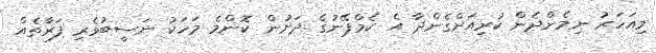
މިއަހަރު ނިމެންދެން ކުރިއަށްގެންދާ އެ ކެމްޕޭނުގެ ދަށުން ކޮންމެ މަހަކު ނަސީބުވެރި ފަރާތެއް